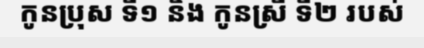
កូនប្រុស ទី១ និង កូនស្រី ទី២ របស់